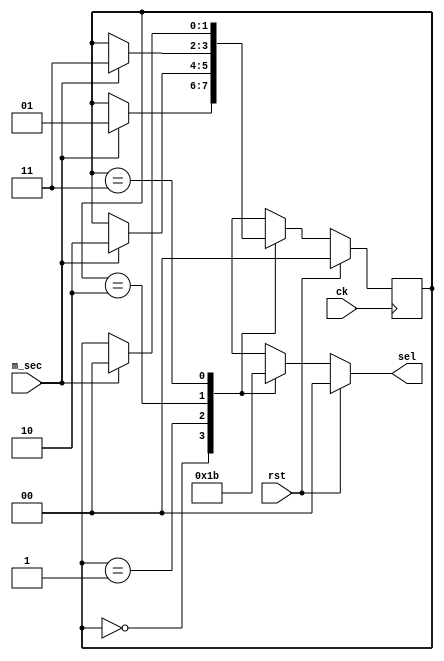
`timescale 1ns / 1ps
//////////////////////////////////////////////////////////////////////////////////
// Company: 
// Engineer: 
// 
// Design Name: 
// Module Name:    fsm_ddrvr 
// Project Name: 
// Target Devices: 
// Tool versions: 
// Description: 
//
// Dependencies: 
//
// Revision: 
// Revision 0.01 - File Created
// Additional Comments: 
//
//////////////////////////////////////////////////////////////////////////////////
module fsm_ddrvr(
    input m_sec,
    input rst,
    input ck,
    output reg [1:0] sel
    );

	parameter S0 = 0, S1 = 1, S2 = 2, S3 = 3;
	reg [1:0] state, next_state;

	always@(posedge ck) begin
		state <= next_state;
	end

	always@(state, rst, m_sec) begin
		// defaults
		next_state = state;
		sel = 2'b00;

		// regular logic
		case(state)
			S0: begin
				if(m_sec == 1) begin
					next_state = S1;
				end
				sel = 2'b00;
			end
			S1: begin
				if(m_sec == 1) begin
					next_state = S2;
				end
				sel = 2'b01;
			end
			S2: begin
				if(m_sec == 1) begin
					next_state = S3;
				end
				sel = 2'b10;
			end
			S3: begin
				if(m_sec == 1) begin
					next_state = S0;
				end
				sel = 2'b11;
			end
		endcase

		// priority logic
		if (rst == 1) begin
			next_state = S0;
			sel = 2'b00;
		end
	end

endmodule